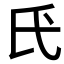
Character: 𫞕